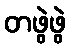
တဖွဲဖွဲ